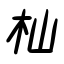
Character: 杣